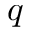
q